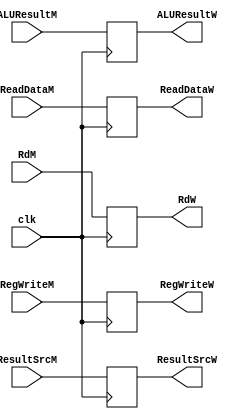
`timescale 1ns / 1ps
module mw_reg(
RegWriteM,ResultSrcM, ALUResultM, ReadDataM, RdM,
RegWriteW, ResultSrcW, ALUResultW, ReadDataW, RdW,
clk
    );
    
input clk;

input           RegWriteM;
input           ResultSrcM;
input [31:0]    ALUResultM;
input [31:0]    ReadDataM;
input [4:0]     RdM;

output reg           RegWriteW;
output reg           ResultSrcW;
output reg [31:0]    ALUResultW;
output reg [31:0]    ReadDataW;
output reg [4:0]     RdW;

always @(posedge clk)
begin
    RegWriteW   <= RegWriteM; 
    ResultSrcW  <= ResultSrcM;
    ALUResultW  <= ALUResultM;
    ReadDataW   <= ReadDataM; 
    RdW         <= RdM;       
end

    
endmodule